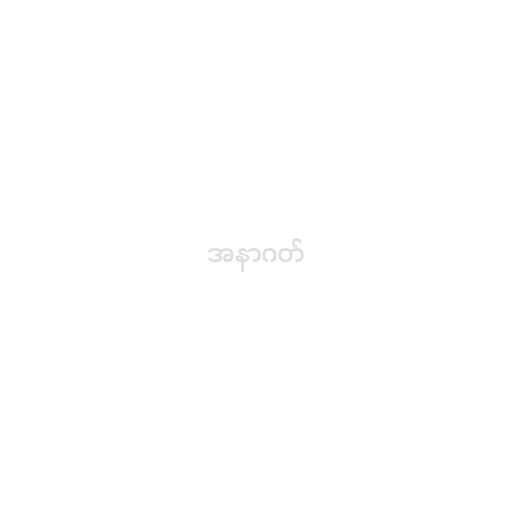
အနာဂတ်